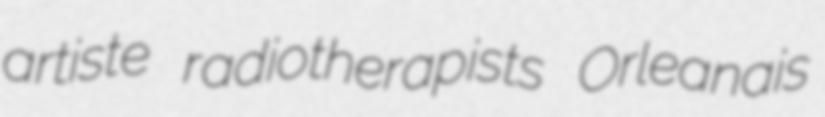
artiste radiotherapists Orleanais